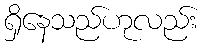
ရှိနေသည်ဟုလည်း